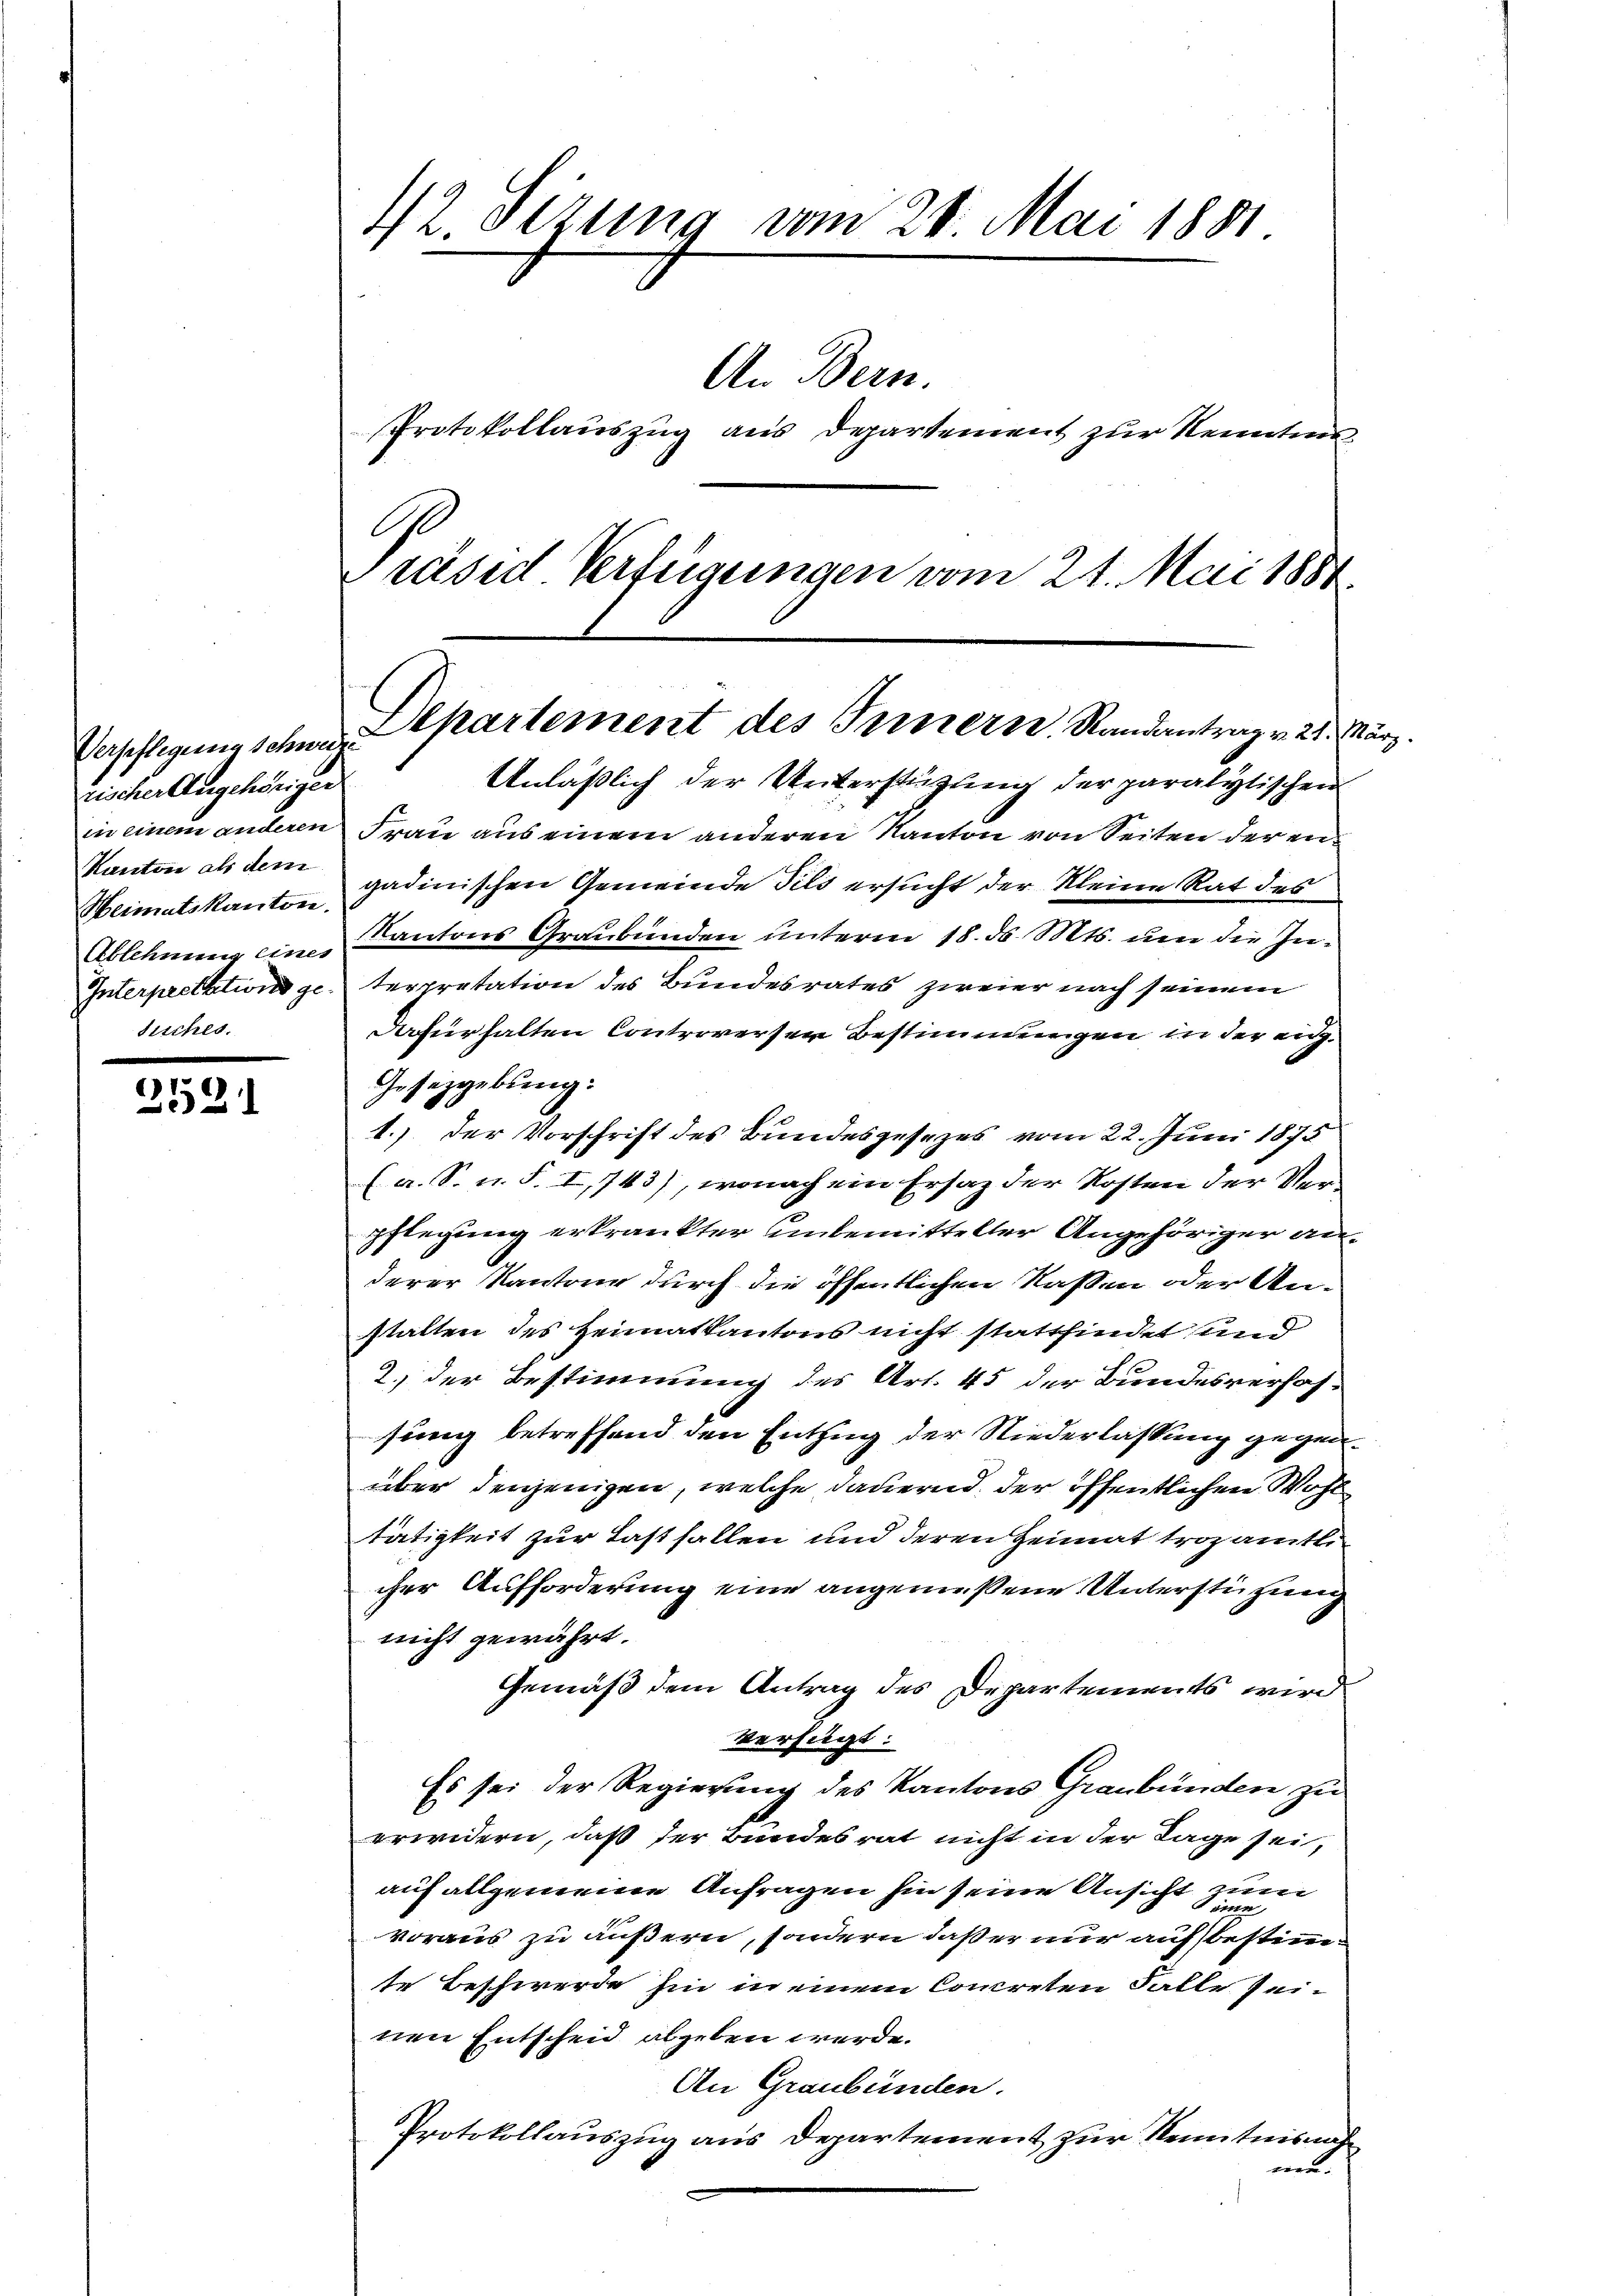
Verpflegenen Schweize
rischer Angehöriger
Kanton als dem
Heimatskanton.
Ablehnung eines
Interprettet wird ge¬
Fisches.

2521

42. Sezung vom 28. Mai 1881.
An Bern.
Protokollauszug aus Departement zur Kenntnis

G
Präsid Verfügungen vom 21. Mai 1881

Departement des Innern. Randantrag v. 21. März.

Anläßlich der Unterstützung der paralytischen
in einem anderen Frau aus einem anderen Kanton von Seiten der engadinischen Gemeinde Tils ersucht der Kleine Rat des
Kantons Graubünden unterm 18. d. Mts. um die Zuterpretation des Bundesrates zweier nach seinem
Dafürhalten Controverser Bestimmungen in der eidg.
Gesetzgebung:
1.) der Vorschrift des Bundesgesezes vom 22. Juni 1875
(a. S. u. S. I, 743), wonach ein Ersatz der Kosten der Verpflegung erkrankter unbemittelter Angehöriger anderer Kantone durch die öffentlichen Naßen oder Unstalten des Heimatkantons nicht stattfindet und
2.) der Bestimmung des Art. 45 der Bundesverhof-
sung betreffend den Entzug der Niederlassung gegenüber denjenigen, welche dauernd der öffentlichen Wohl
tätigkeit zur Last fallen und deren Heimat trozamtli
cher Aufforderung eine angemessene Unterstützung
nicht gewährt.
Gemäß dem Antrag des Departements wird
verfügt:
Es sei der Regierung des Kantons Graubünden zu
erwidern, daß der Bundesrat nicht in der Lage sei,
auf allgemeine Anfragen hin seine Ansicht zum
voraus zu äußern, sondern daß er nur aufsbestimm
te Beschwerde hin in einem Concreten Falle seinen Entscheid abgeben werde.
An Graubünden.
Protokollauszug aus Departement zur Kenntnisnah
me¬